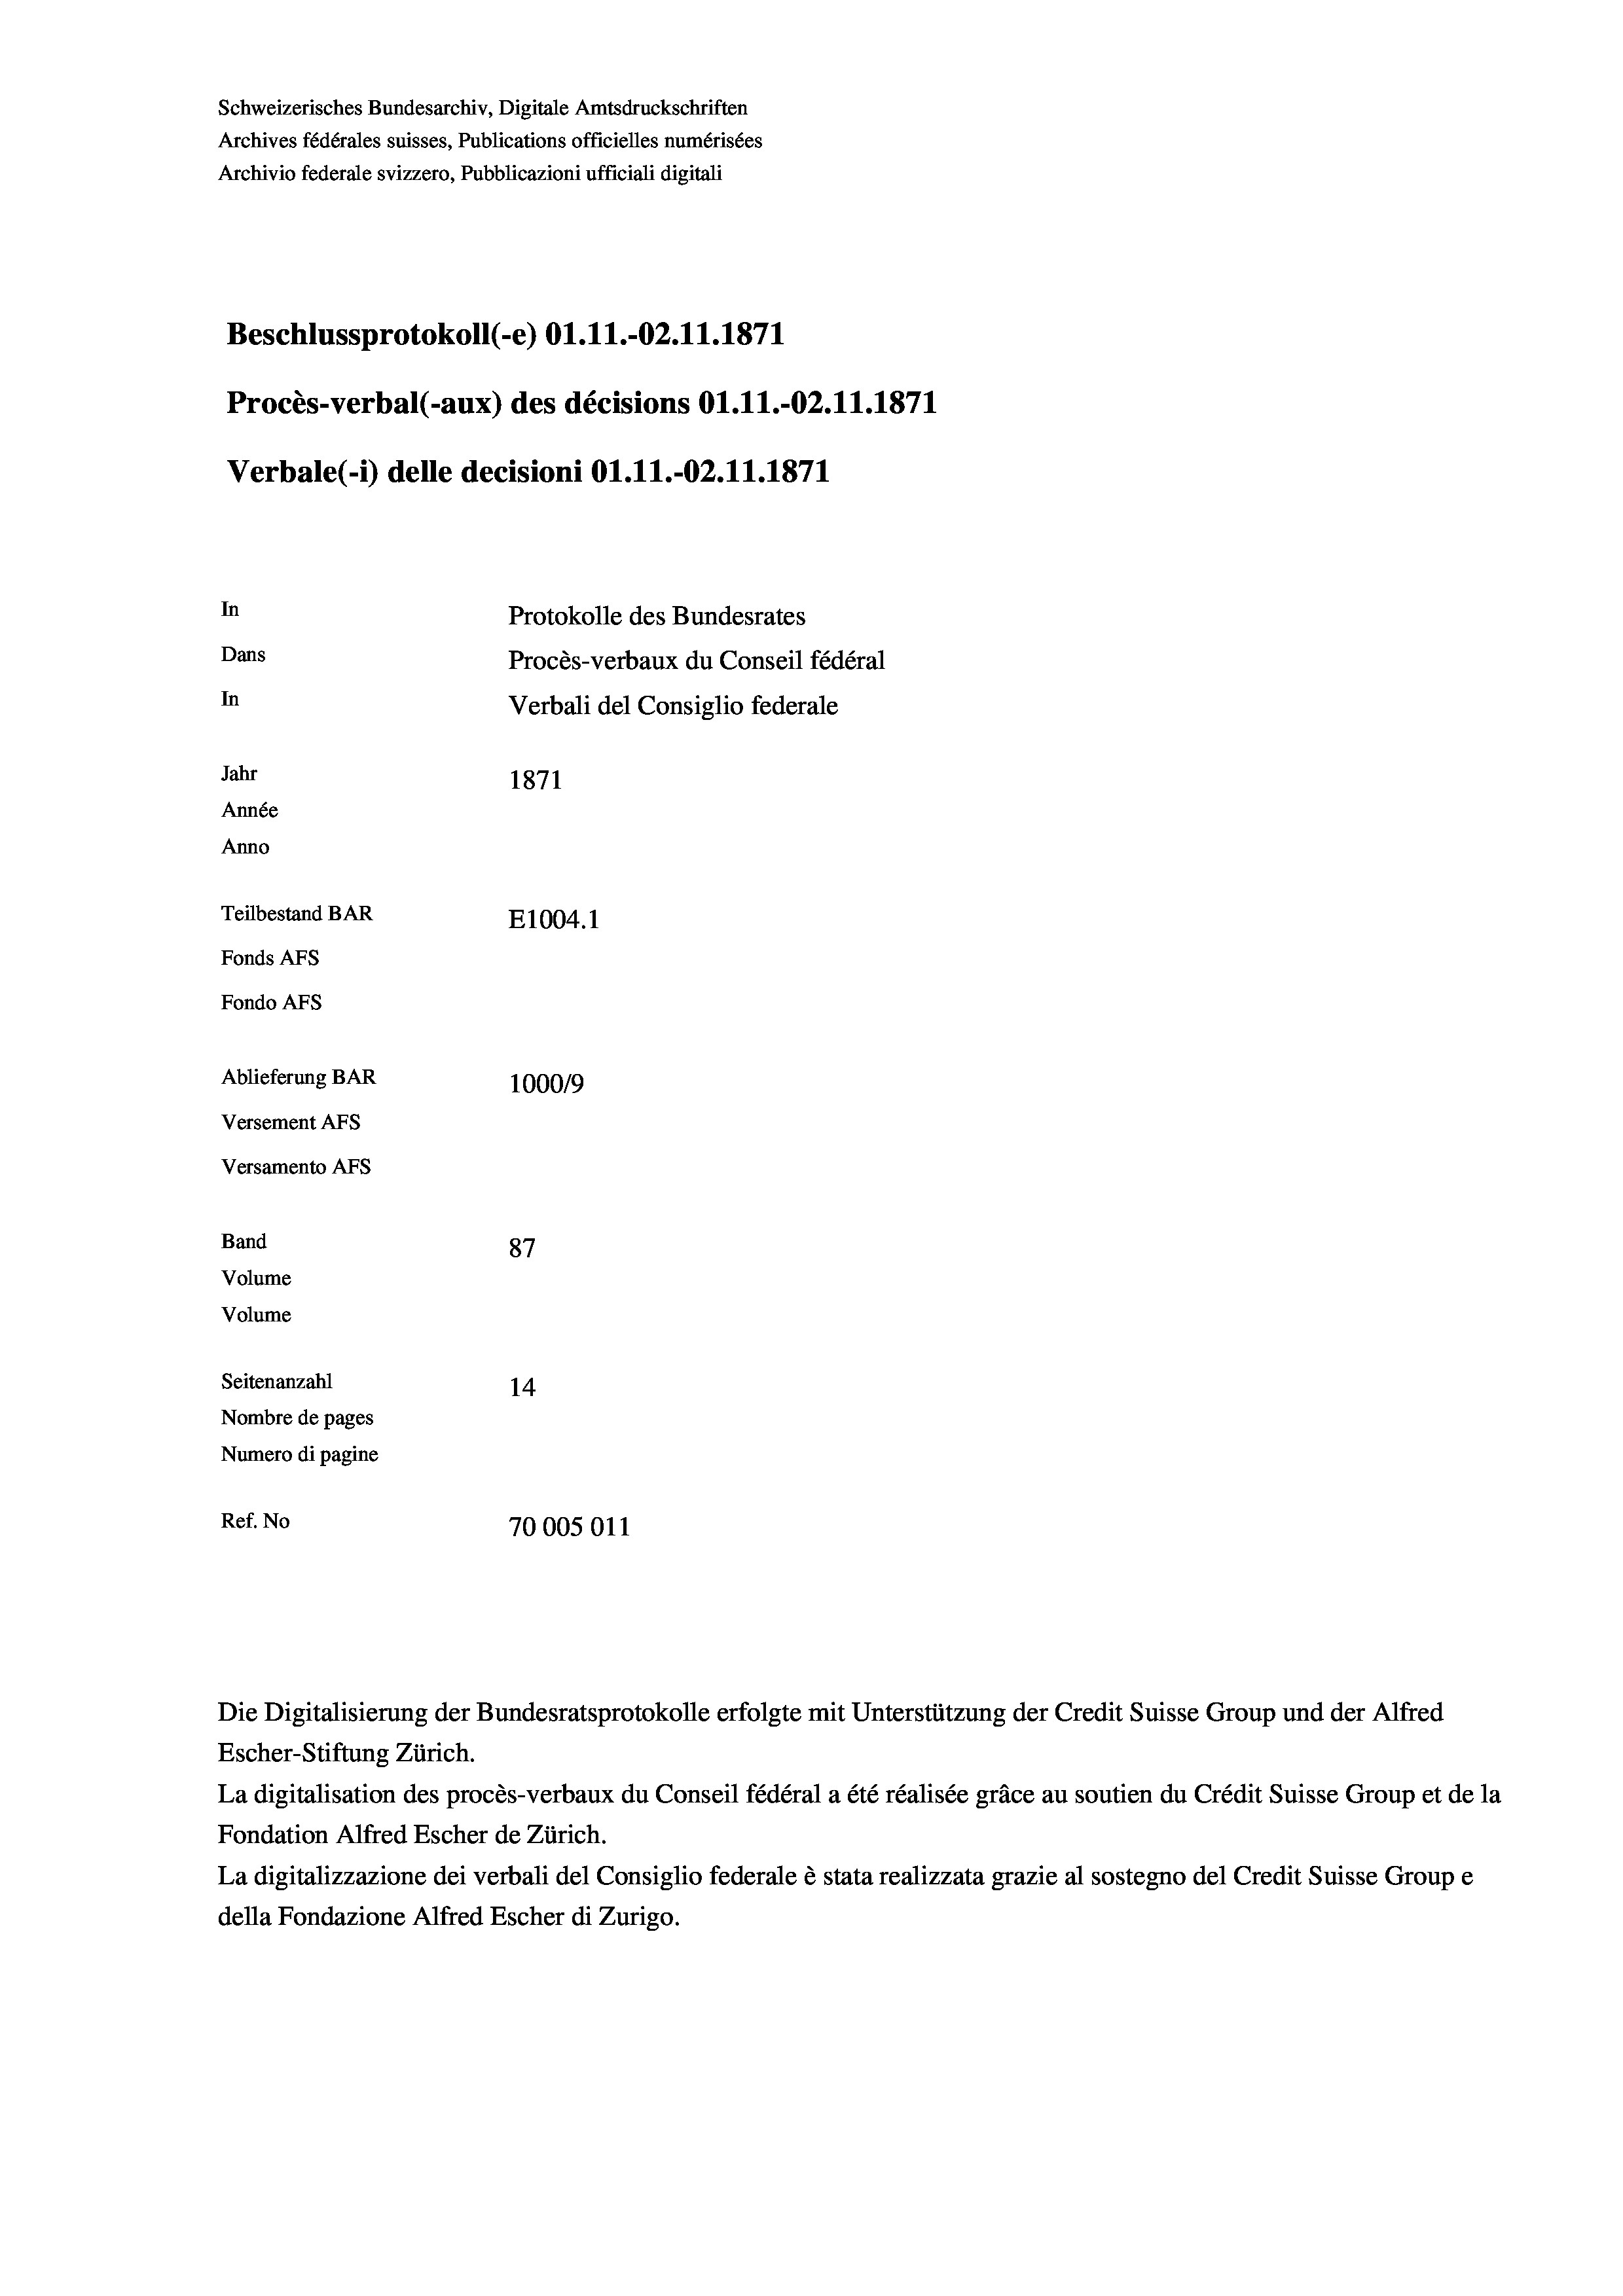
Schweizerisches Bundesarchiv, Digitale Amtsdruckschriften
Archives fédérales suisses, Publications officielles numérisées
Archivio federale svizzero, Pubblicazioni ufficiali digitali
Beschlussprotokoll (-e) 01.11.-02.11.1871
Procès-verbal (-aux) des décisions O1.11.-O2.11.1871
Verbale (- 1) delle decisioni Ol.11.-02.11.1871
In
Protokolle des Bundesrates
Dans
Procès-verbaux du Conseil fédéral
In
Verbali del Consiglio federale
Jahr
1871
Année
Anno
Teilbestand BAR
E1004. 1
Fonds AFs
Fondo AFs
Ablieferung BAR
100019
Versement AFs
Versamento AFs

87
Seitenanzahl
14.
Nombre de pages
Numero di pagine
Ref. No
70005011

Band
Volume
Volume

Escher-Stiftung Zürich.
La digitalisation des procès-verbaux du Conseil fédéral a été réalisée gräce au soutien du Crédit Suisse Group et de la
Fondation Alfred Escher de Zürich.
La digitalizzazione dei verbali del Consiglio federale è stata realizzata grazie al sostegno del Credit Suisse Groupe
della Fondazione Alfred Escher di Zurigo.

Die Digitalisierung der Bundesratsprotokolle erfolgte mit Unterstützung der Credit Suisse Group und der Alfred